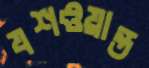
যশওয়ান্ত